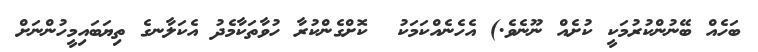
ބަހެއް ބޭނުންކުރުމަކީ ކުށެއް ނޫނެވެ.) އެހެނެއްކަމަކު  ކޮށްގެންކުރާ ހުވާތަކާމެދު އެކަލާނގެ ތިޔަބައިމީހުންނަށް